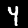
Label: 4